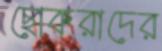
ছোকরাদের